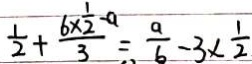
\frac { 1 } { 2 } + \frac { 6 \times \frac { 1 } { 2 } - a } { 3 } = \frac { a } { b } - 3 \times \frac { 1 } { 2 }